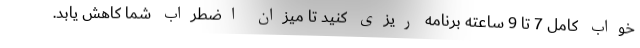
خواب کامل 7 تا 9 ساعته برنامه ریزی کنید تا میزان اضطراب شما کاهش یابد.